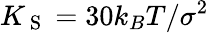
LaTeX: K_{\mathrm{~S~}}=30k_{B}T/\sigma^{2}